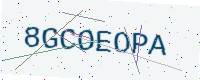
Text: 8GCOEOPA